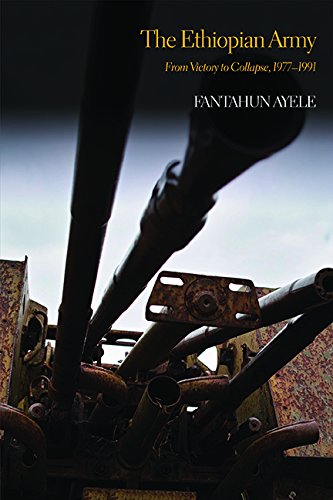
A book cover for The Ethiopian Army: From Victory to Collapse, 1977-1991; Fantahun Ayele; History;